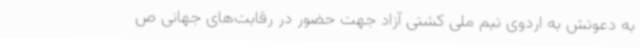
به دعوتش به اردوی تیم ملی کشتی آزاد جهت حضور در رقابت‌های جهانی ص